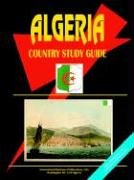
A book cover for Algeria Country Study Guide; Ibp Usa; Travel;